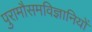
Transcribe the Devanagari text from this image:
पुरामौसमविज्ञानियों